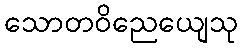
သောတဝိညေယျေသု